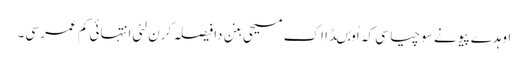
اوہدے پیو نے سوچیا سی کہ اُو مُںڈا اِک مسیحی بنن دا فیصلہ کرن لئی انتہائی کم عمر سی۔